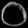
Digit: ၀